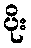
ပိုး